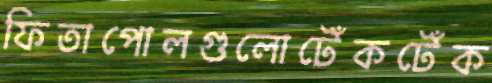
ফিতাপোলগুলোটেঁকটেঁক